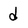
Character: d